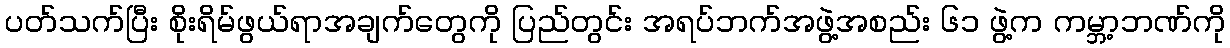
ပတ်သက်ပြီး စိုးရိမ်ဖွယ်ရာအချက်တွေကို ပြည်တွင်း အရပ်ဘက်အဖွဲ့အစည်း ၆၁ ဖွဲ့က ကမ္ဘာ့ဘဏ်ကို